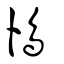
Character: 鳪